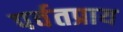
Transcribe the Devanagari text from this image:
पर्वतप्राय